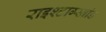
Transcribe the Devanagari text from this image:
राइश्टाग्स्ब्रांड